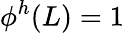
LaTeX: \phi^{h}(L)=1